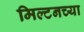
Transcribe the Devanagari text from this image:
मिल्टनच्या